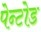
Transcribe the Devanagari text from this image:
पेन्टोड